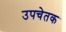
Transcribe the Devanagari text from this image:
उपचेतक